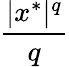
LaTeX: \frac{|x^{*}|^{q}}{q}